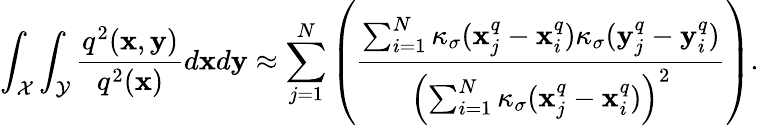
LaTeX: \int_{\mathcal{X}}\int_{\mathcal{Y}}\frac{q^{2}(\mathbf{x},\mathbf{y})}{q^{2}(\mathbf{x})}d\mathbf{x}d\mathbf{y}\approx\sum_{j=1}^{N}\left(\frac{\sum_{i=1}^{N}\kappa_{\sigma}(\mathbf{x}_{j}^{q}-\mathbf{x}_{i}^{q})\kappa_{\sigma}(\mathbf{y}_{j}^{q}-\mathbf{y}_{i}^{q})}{\left(\sum_{i=1}^{N}\kappa_{\sigma}(\mathbf{x}_{j}^{q}-\mathbf{x}_{i}^{q})\right)^{2}}\right).